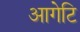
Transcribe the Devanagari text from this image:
आगेटि